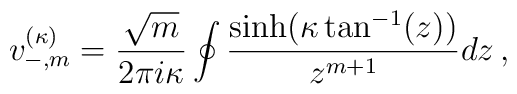
v_{-,m}^{(\kappa)}=\frac{\sqrt{m}}{2 \pi i \kappa}\oint \frac{\sinh(\kappa \tan^{-1}(z))}{z^{m+1}} dz\,,